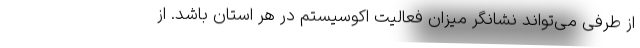
از طرفی می‌تواند نشانگر میزان فعالیت اکوسیستم در هر استان باشد. از